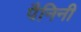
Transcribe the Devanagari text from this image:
पैनिनी